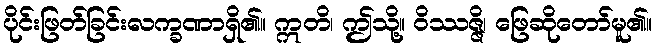
ပိုင်းဖြတ်ခြင်းလက္ခဏာရှိ၏။ ဣတိ၊ ဤသို့။ ဝိဿဇ္ဇိ၊ ဖြေဆိုတော်မူ၏။